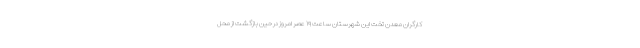
کارگران معدن تخت این شهرستان ساعت ۱۹ عصر امروز در حین بازگشت از محل